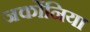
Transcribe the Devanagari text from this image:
जर्कोनिया